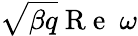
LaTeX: \sqrt{\beta q}\mathrm{~R~e~}~\omega